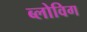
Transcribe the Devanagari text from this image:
ब्‍लोविग